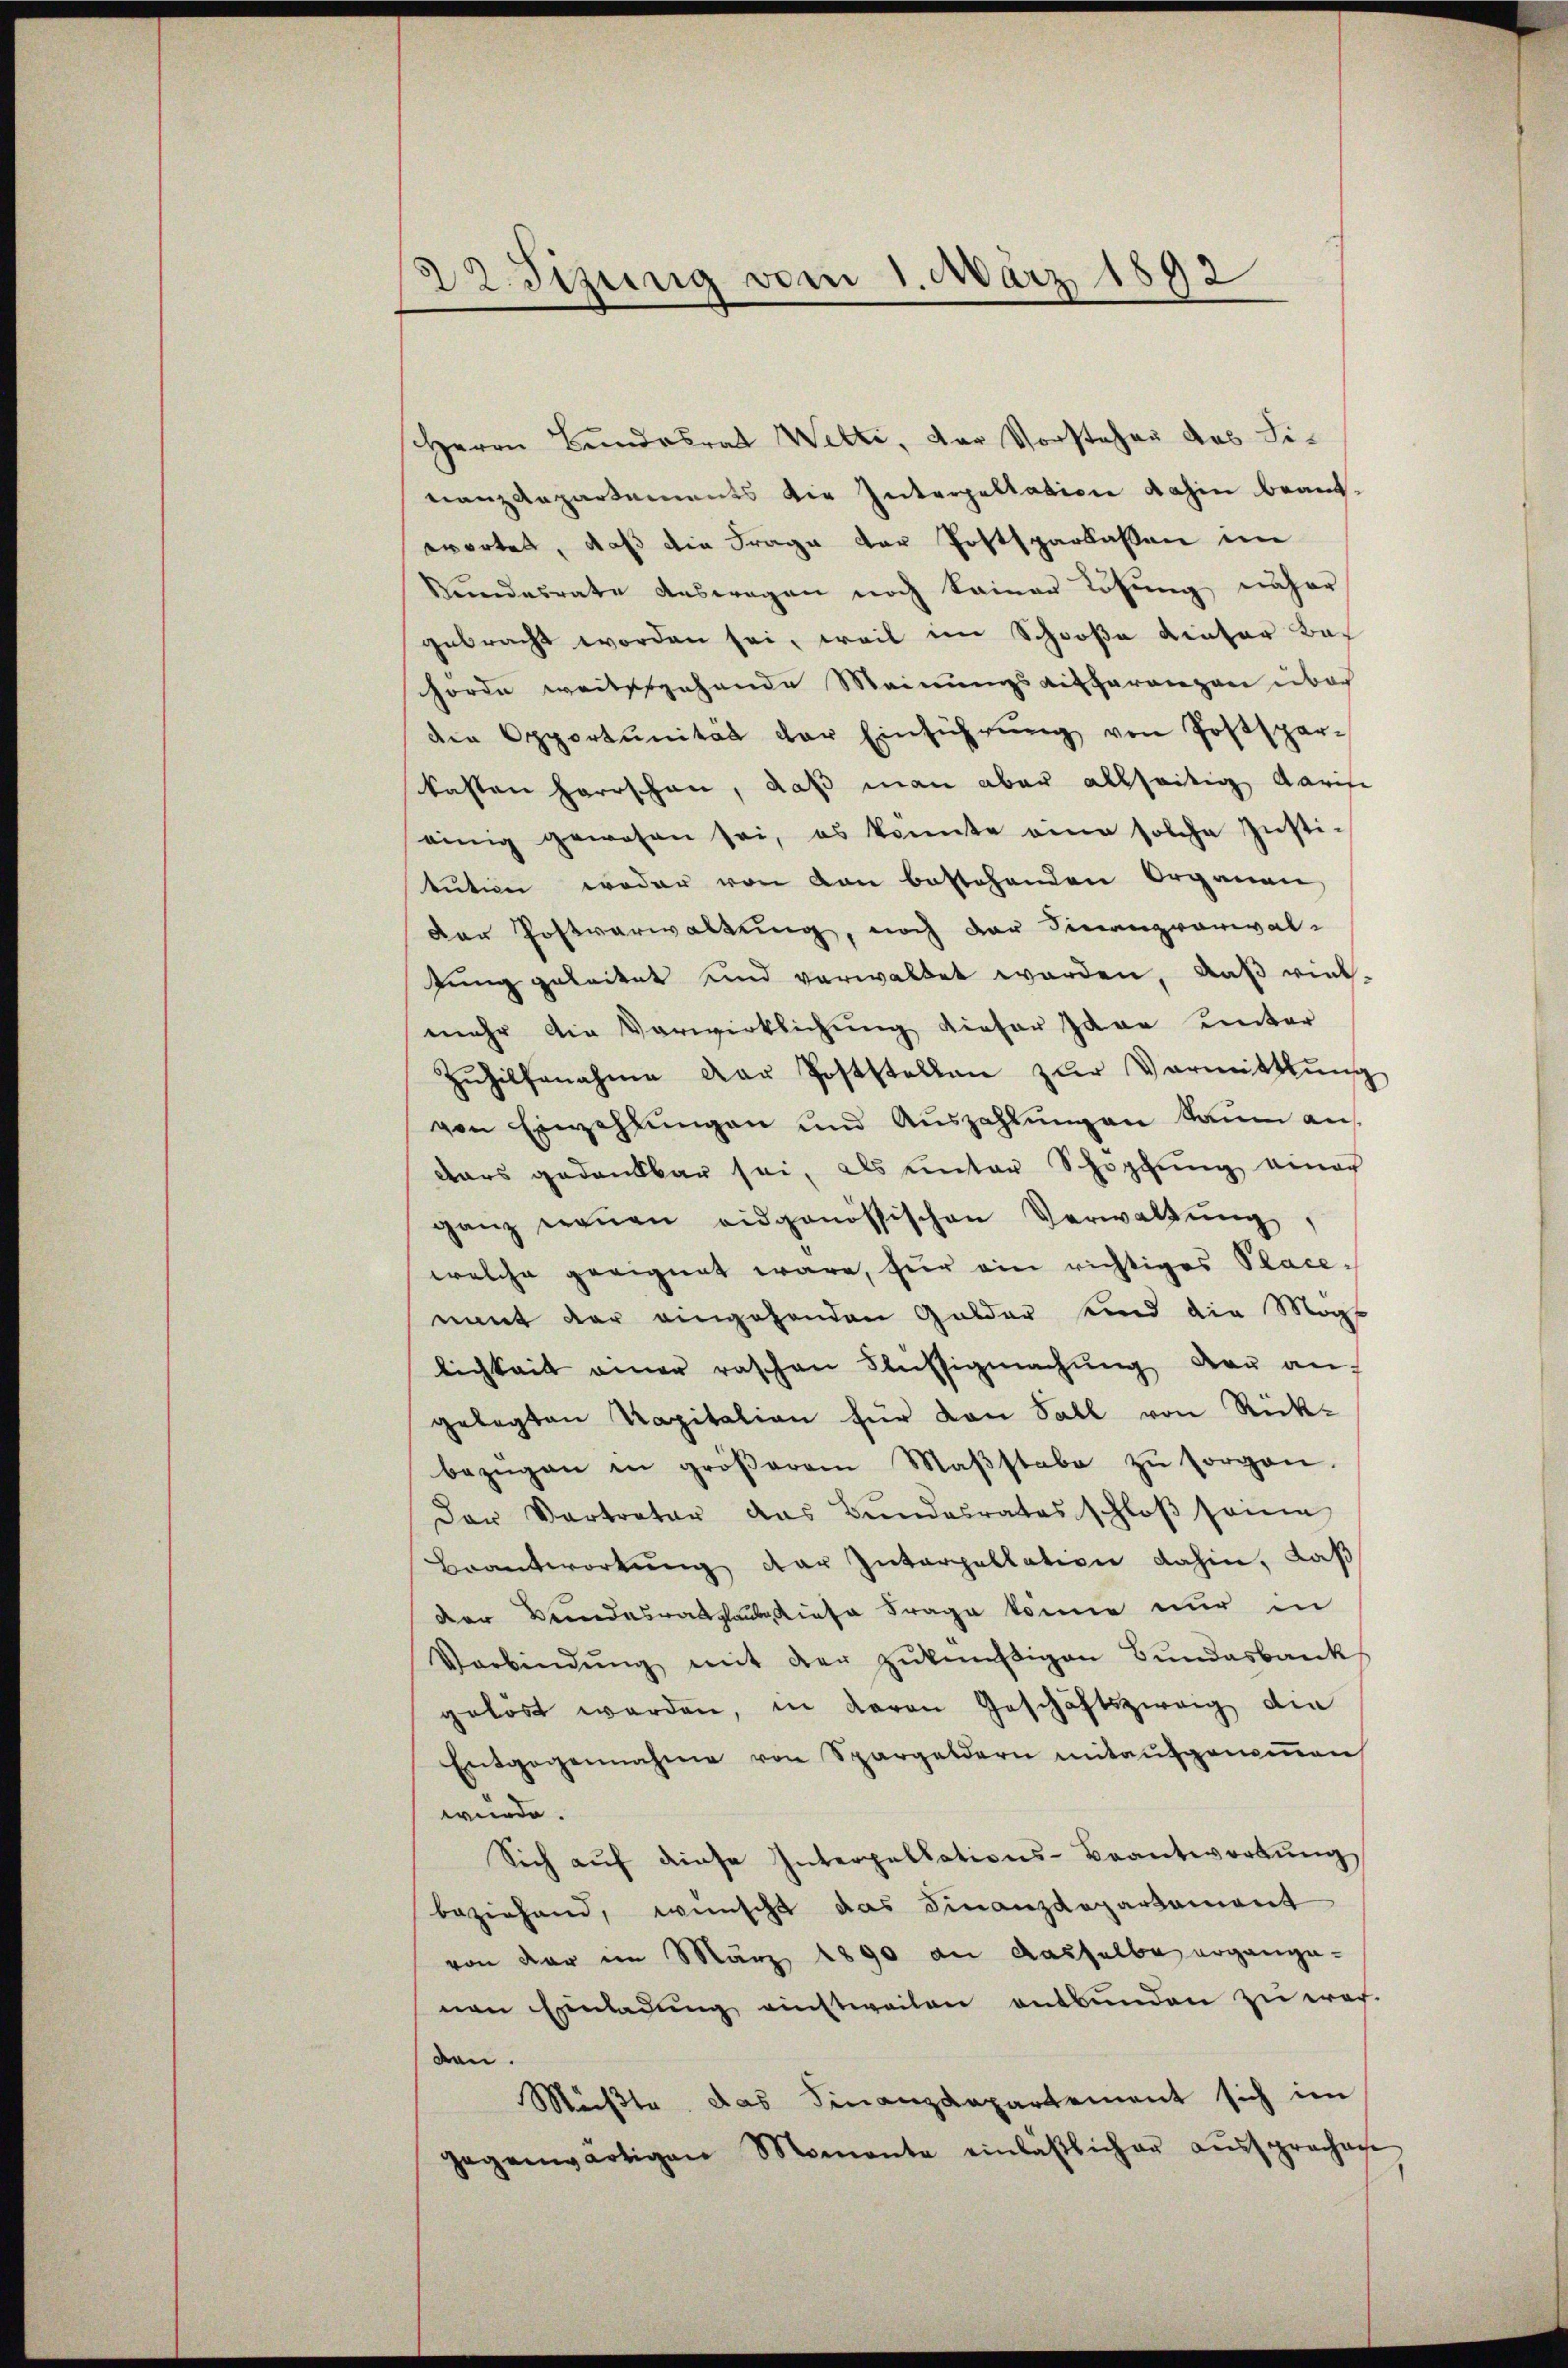
da Sizung vom 1. März 1892

Herrn Bundesrat Welti, der Vorstehen des Sinanzdepartements die Interpellation dahin beant-
wortes, daß die Frage der Postsparkassen im
Sŭndesrate auswegen noch keiner Lösung näher
gebracht worden sei, weil im Schooße Linter Bas
hörde weitergehende Meinungsaufferenzen über
den Opportŭnität der Einführŭng von Postspar-
kasten herrschen, daß man aber allseitig darise
einig gewesen sei, es konnte eine solche Justi-
tution weder von von bestehenden Organen,
der Postverwaltung, noch der Finanzvorwalfung geleitet und verwaltet worden, daß viel-
mehr die Verwirklichung dieser Java unter
Zuhilfenahme der Poststellen zur Vormittlung
von Einzahlŭngen und Auszahlungen kaum auf
tars gedankbar sei, als unter Schöpfung einer
ganz eroṅen eidgenössischen Verwaltŭng,
welche geeignet wäre, für ein richtiges Place-
nant der eingehenden Golder und die Mags
lichkeit einer raschen Flüssigmachŭng der an-
gelegten Kapitalien für den Fall von Rück-
bezügen in gröβerem Maβstabe zŭ sorgen.
Der Vertreter das Bundesrates schloβ seine
Beantwortung der Interpellation dahin, daß
der Bundesrat glaube diese Frage könne nur in
Verbindŭng mit der zŭkünftigen Bŭndesbank
gelöst werden, in Baron Geschäftszweig die
Entgegennahme von Spargeldern mitaufgenoṁen
würde.
Sich aŭf diese Interpellations-Beantwortŭng
beziehend, wünscht das Finanzdepartement
von der im März 1890 an dasselbe ergange-
nen Einladung einstweilen entbunden zu wer-
den.
Müβte, das Finanzdepartement sich im
gegenwärtigen Momente einläβlicher aŭssprachac